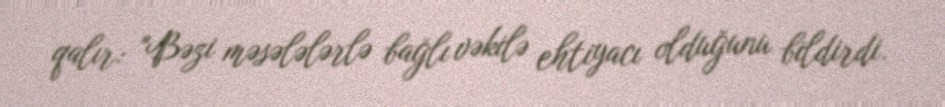
qalır: "Bəzi məsələlərlə bağlı vəkilə ehtiyacı olduğunu bildirdi.